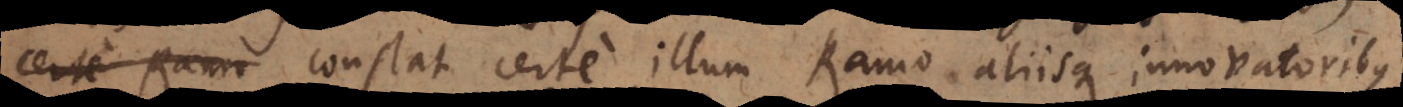
certe Ramo constat certe illum Ramo aliisque innovatoribus